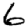
Digit: 6